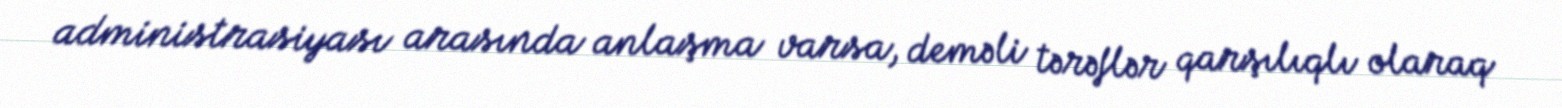
administrasiyası arasında anlaşma varsa, deməli tərəflər qarşılıqlı olaraq